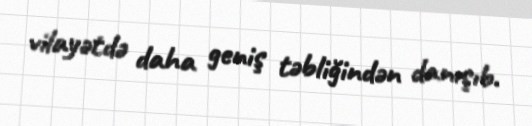
vilayətdə daha geniş təbliğindən danışıb.